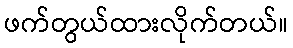
ဖက်တွယ်ထားလိုက်တယ်။